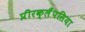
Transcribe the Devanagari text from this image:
प्रीरक्लैंपसिया